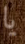
يا